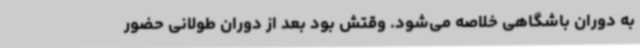
به دوران باشگاهی خلاصه می‌شود. وقتش بود بعد از دوران طولانی حضور